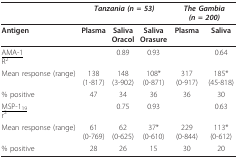
|  | <COLSPAN=3> Tanzania (n = 53) | <COLSPAN=2> The Gambia (n = 200) |
 | --- | --- | --- | --- | --- | --- |
 | Antigen | Plasma | SalivaOracol | SalivaOrasure | Plasma | Saliva |
 | <underline>AMA-1</underline>R2 |  | 0.89 | 0.93 |  | 0.64 |
 | Mean response (range) | 138(1-817) | 148(3-902) | 108*(0-871) | 317(0-917) | 185*(45-818) |
 | % positive | 47 | 34 | 36 | 36 | 30 |
 | <underline>MSP-119</underline>r2 |  | 0.75 | 0.93 |  | 0.63 |
 | Mean response (range) | 61(0-769) | 62(0-625) | 37*(0-610) | 229(0-844) | 113*(0-612) |
 | % positive | 28 | 26 | 15 | 30 | 20 |